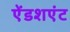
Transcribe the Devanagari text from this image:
ऐंडशएंट